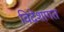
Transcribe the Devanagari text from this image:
विदेशागत